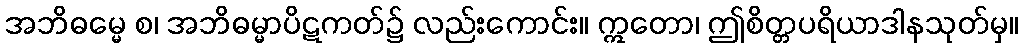
အဘိဓမ္မေ စ၊ အဘိဓမ္မာပိဋကတ်၌ လည်းကောင်း။ ဣတော၊ ဤစိတ္တပရိယာဒါနသုတ်မှ။